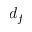
d _ { f }